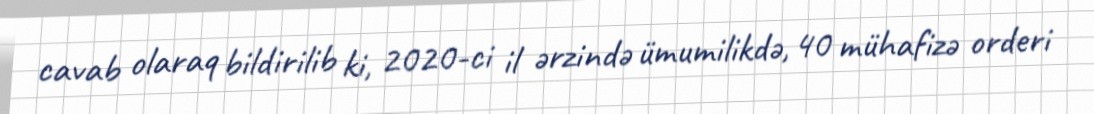
cavab olaraq bildirilib ki, 2020-ci il ərzində ümumilikdə, 40 mühafizə orderi